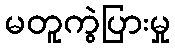
မတူကွဲပြားမှု